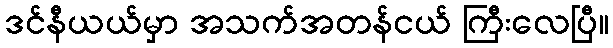
ဒင်နီယယ်မှာ အသက်အတန်ငယ် ကြီးလေပြီ။